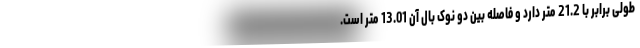
طولی برابر با 21.2 متر دارد و فاصله بین دو نوک بال آن 13.01 متر است.